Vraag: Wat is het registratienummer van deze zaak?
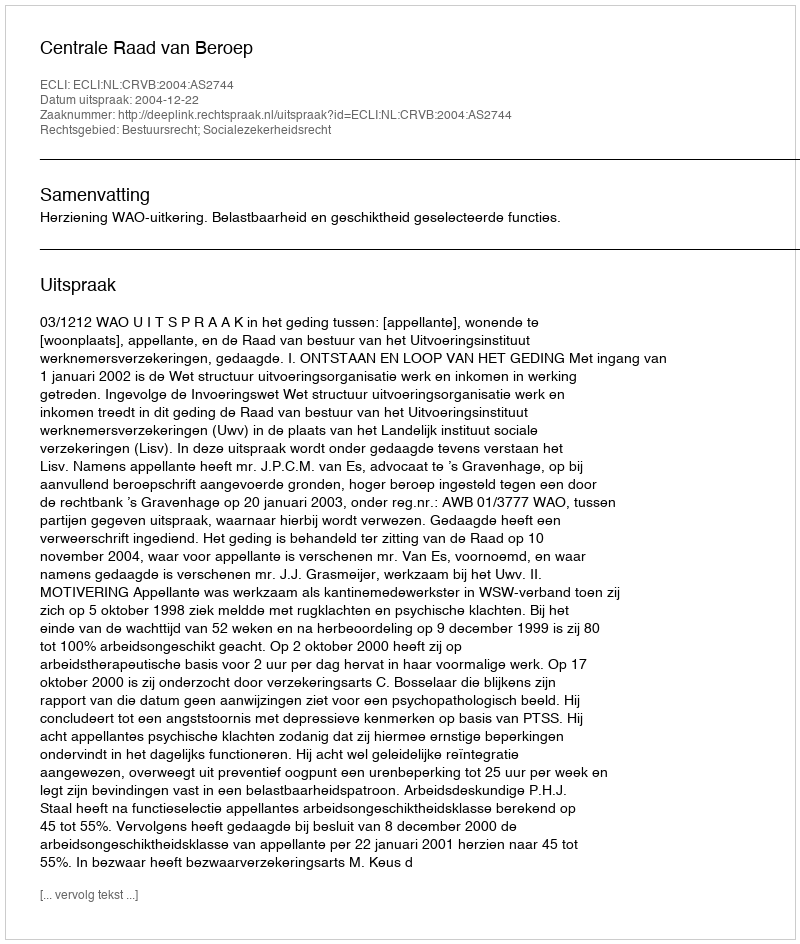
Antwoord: http://deeplink.rechtspraak.nl/uitspraak?id=ECLI:NL:CRVB:2004:AS2744